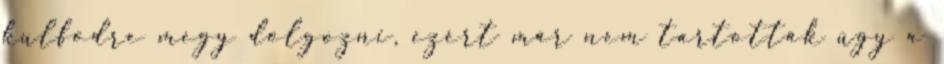
kulfodre megy dolgozni, ezért már nem tartották úgy a